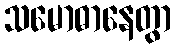
သမောဓာနေတွာ